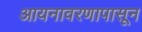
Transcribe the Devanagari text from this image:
आयनावरणापासून